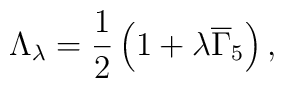
\Lambda _\lambda =\frac 12\left( 1+\lambda \overline{\Gamma}_5\right) ,